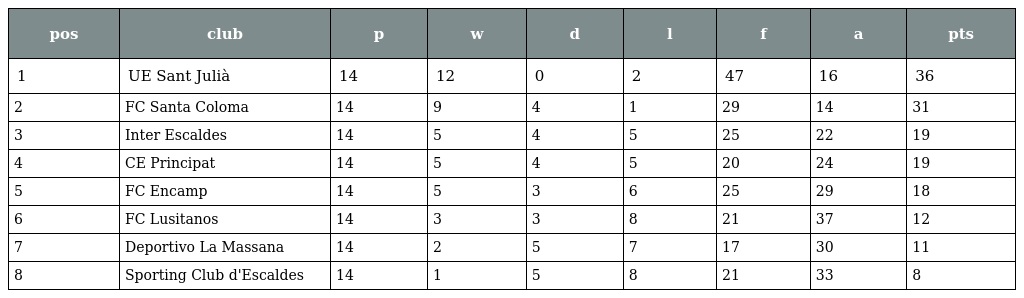
| pos | club | p | w | d | l | f | a | pts |
 | --- | --- | --- | --- | --- | --- | --- | --- | --- |
 | 1 | UE Sant Julià | 14 | 12 | 0 | 2 | 47 | 16 | 36 |
 | 2 | FC Santa Coloma | 14 | 9 | 4 | 1 | 29 | 14 | 31 |
 | 3 | Inter Escaldes | 14 | 5 | 4 | 5 | 25 | 22 | 19 |
 | 4 | CE Principat | 14 | 5 | 4 | 5 | 20 | 24 | 19 |
 | 5 | FC Encamp | 14 | 5 | 3 | 6 | 25 | 29 | 18 |
 | 6 | FC Lusitanos | 14 | 3 | 3 | 8 | 21 | 37 | 12 |
 | 7 | Deportivo La Massana | 14 | 2 | 5 | 7 | 17 | 30 | 11 |
 | 8 | Sporting Club d'Escaldes | 14 | 1 | 5 | 8 | 21 | 33 | 8 |